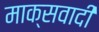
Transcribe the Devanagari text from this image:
माक्सवादी